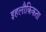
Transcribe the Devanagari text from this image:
इहलौकिकता